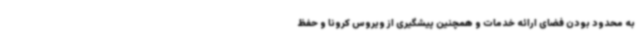
به محدود بودن فضای ارائه خدمات و همچنین پیشگیری از ویروس کرونا و حفظ